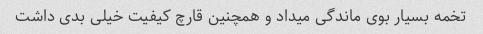
تخمه بسیار بوی ماندگی میداد و همچنین قارچ کیفیت خیلی بدی داشت